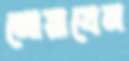
নোয়াবেন